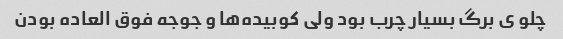
چلو ی برگ بسیار چرب بود ولی کوبیده‌ها و جوجه فوق العاده بودن